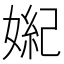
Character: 𪦏